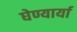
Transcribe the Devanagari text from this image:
घेण्यार्या